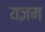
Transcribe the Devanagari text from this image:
यज्ञम